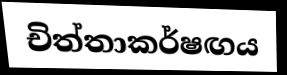
චිත්තාකර්ෂඟය